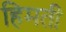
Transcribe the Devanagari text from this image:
हिमती